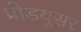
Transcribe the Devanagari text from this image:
प्रोडयुसर